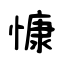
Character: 慷